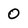
Character: 0